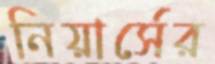
নিয়ার্সের